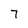
Character: 7